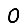
Digit: 0